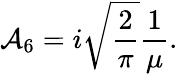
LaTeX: {\cal A}_{6}=i\sqrt{\frac{2}{\pi}}\frac{1}{\mu}.